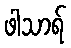
ဖါသာရ်